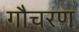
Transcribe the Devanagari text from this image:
गौचरण